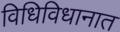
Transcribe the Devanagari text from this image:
विधिविधानात